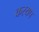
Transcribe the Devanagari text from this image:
कस्यप